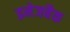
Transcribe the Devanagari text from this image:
इमेजबैक